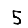
Digit: 5